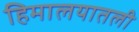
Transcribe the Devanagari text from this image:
हिमालयातली